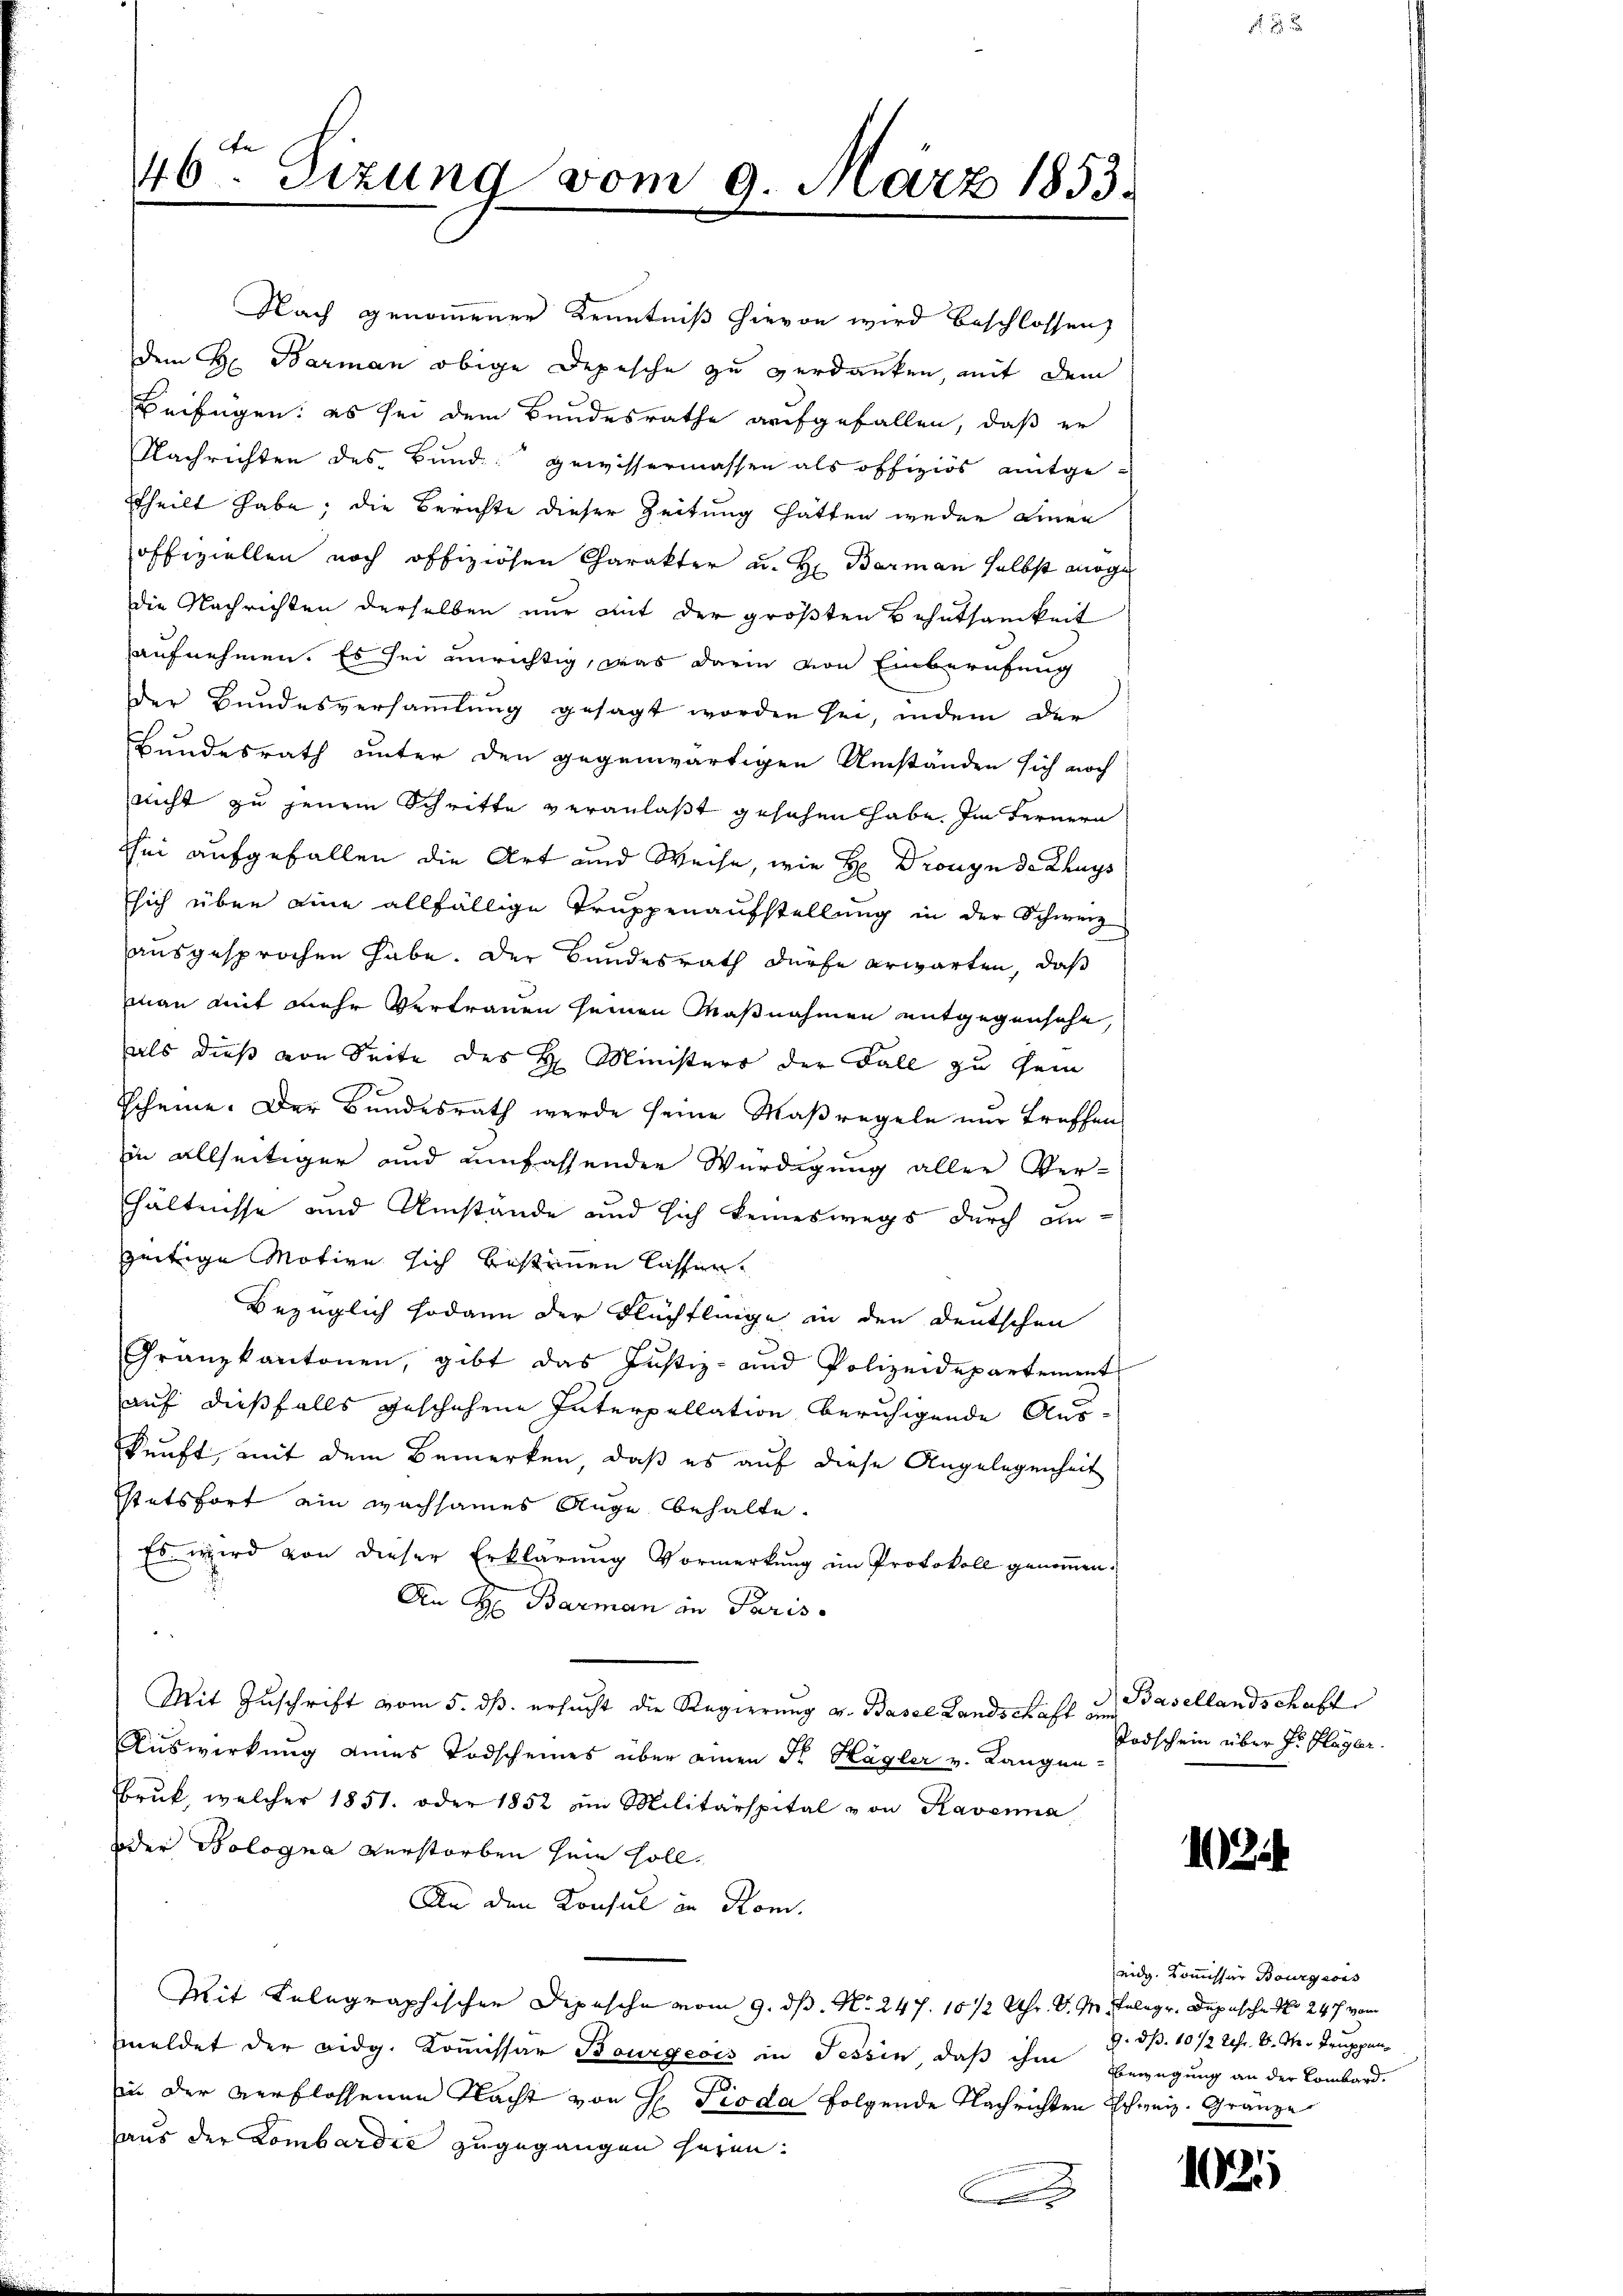
Nach genommener Kenntniß hievon wird beschlossen,
dem H. Barman obige Depesche zu verdanken, mit dem
Beifügen: es sei dem Bundesrathe aufgefallen, daß er
Nachrichten des Bund gewissermassen als offiziös mitgetheilt habe; die Berichte dieser Zeitung hätten weder einen
offiziellen noch offiziösen Charakter u. Hr. Barman selbst möge
die Nachrichten derselben nur mit der größten Behutsamkeit
aufnehmen. Es sei unrichtig, was darin von Einberufung
der Bundesversammlung gesagt worden sei, indem der
Bundesrath unter den gegenwärtigen Umständen sich noch
nicht zu jenem Schritte veranlaßt gesehen habe. Im Fernern
Ehe aufgefallen die Art und Weise, wie H: Drougn de Chays
sich über eine allfällige Truppenaufstellung in der Schweiz
ausgesprochen habe. Der Bundesrath dürfe erwarten, daß
man mit mehr Vertrauen seinen Maßnahmen entgegensche,
als dieß von Seite des H. Ministers der Fall zu sein
Scheine. Der Bundesrath werde seine Maßregeln nur treffen
in allseitiger und umfassenden Würdigung aller Ver-
hhältnisse und Umstände und sich keineswegs durch an-
zeitige Motive sich bestimmen lassen.
Bezüglich sodann der Flüchtlinge in den Deutschen
Granzkantonen, gibt das Justiz- und Polizeidepartement
auf dießfalls geschehene Interpellation beruhigende Auskunft, mit dem Bemerken, daß es auf diese Angelegenheit
stetsfort ain wachsames Auge behalte.
Es wird von dieser Erklärung Vormerkung im Protokoll genoṁen.
An H. Barman in Paris
Mit Zuschrift vom 5. ds. ersucht die Regierung v. Basel Landschaft der Basellandschaft
Auswirkung eines Todscheines über einen Fr. Hagler v. Langen-
Brŭk, welcher 1851. oder 1852 im Militärspital von Kavenna
oder Bologna verstorben sein soll¬
An den Konsul in Rom.
Mit Telegraphischer Depesche vom 9. ds. No. 247. 1012 Uhr. d. M. Telegr. Depesche No 247 vom
meldet der Bidg. Kommissar Bourgeois in Tessin, daß ihm Bewegung an der Lombard.
in der verflossenen Nacht von H Pioda folgende Nachrichten Schweiz. Gränze
haus der Lombardić zugegangen haben.
x

e
46. Sizung vom 9. März 1853.

Todschein über Hr. Flagler.

2

eidg. Kommissär Bourgeois
9. dß. 10 1/2 Uhr. d. M. Truppen¬

102